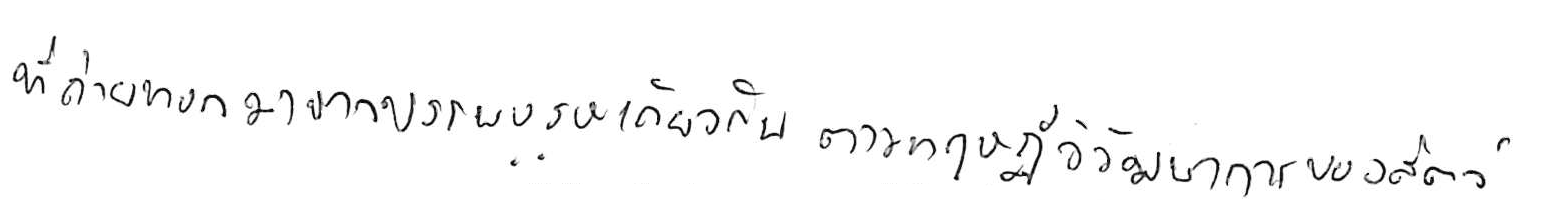
ที่ถ่ายทอดมาจากบรรพบุรุษเดียวกัน ตามทฤษฎีวิวัฒนาการของสัตว์